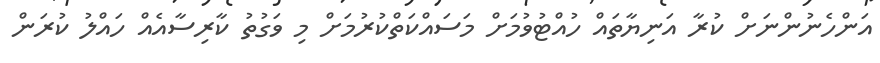
އަންހެނުންނަށް ކުރާ އަނިޔާތައް ހުއްޓުވުމަށް މަސައްކަތްކުރުމަށް މި ވަގުތު ކާރިސާއެއް ހައްލު ކުރަން